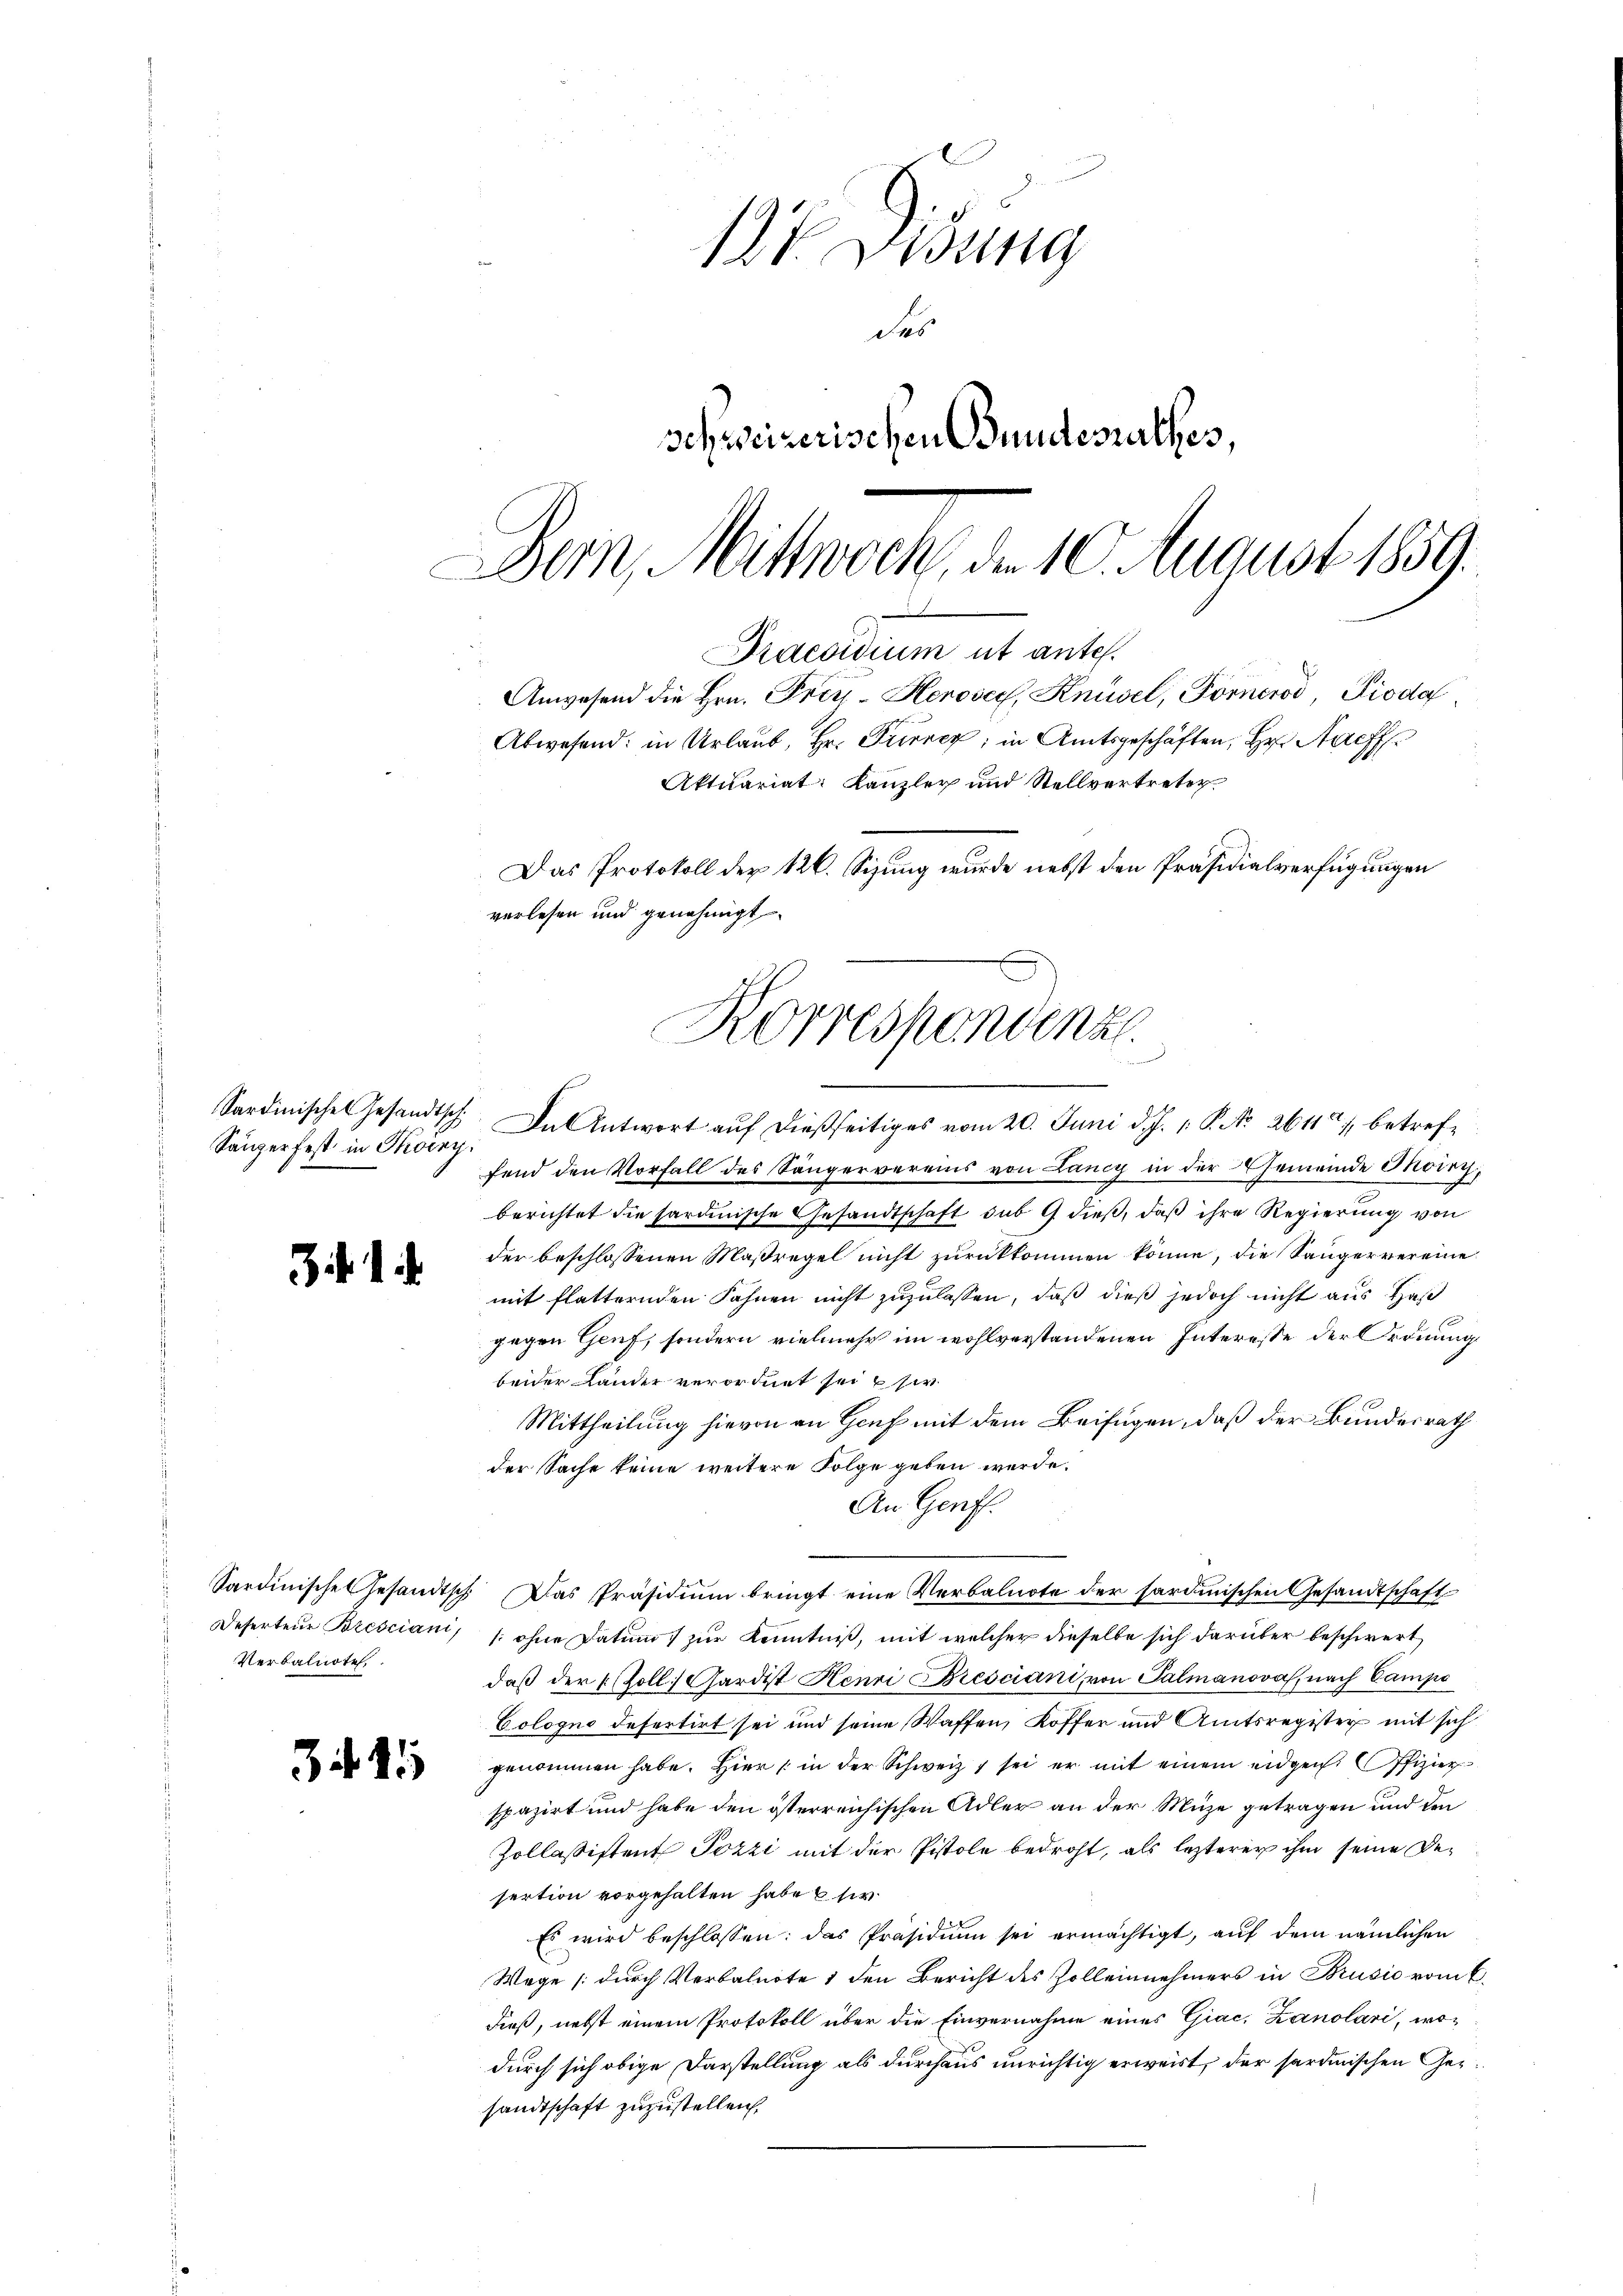
Sänger fest in Thoiny.

Verbalnote.

3441

18t Vidung
des
Schweizerischen Bundesrathes,
Bern, Mittwoch, der 10. August 1859.

Praesidium et ante.
Anwesend die Hrn. Prer-Heroser, Knüsel, Forneros, Pioda
Das Protokoll der 126. Sizung wurde nebst den Präsidialverfügungen
verlesen und genehmigt
Korrespondenz.
1

Sardinisches Gesandtsch. Da Antwort auf dießseitiges vom 20. Juni d. J. 1. P. No. 2611 betreffend den Vorfall des Sängervereins von Lancy in der Gemeinde Thorry,
berichtet die sardinische Gesandtschaft sub 9 dieß, daß ihre Regierung von
der beschlossenen Maßregel nicht zurückkommen könne, die Sängervereine
mit flatternden Fahnen nicht zuzulassen, daß dieß jedoch nicht aus Haß
gegen Genf, sondern vielmehr im wohlverstandenen Interesse der Krönung
beider Lander verordnet sei si
Mittheilung hievon an Genf mit dem Beifügen, daß der Bundesrath
der Sache keine weitere Folge geben werde.
An Geriff.
Sardinische Gesandtsch. Das Präsidium bringt eine Verbalnote der sardinischen Gesandtschaft
Deserteur Brescian, 1. ohne Datum) zur Kenntniß, mit welcher dieselbe sich darüber beschwert
daß der Zoll Gardist Henri Bresciani, von Salmanoval, nach Campe
Cologno defertirt sei und seine Waffen, Koffer und Amtsregister mit sich
genommen habe. Hier in der Schweiz, sei er mit einem eidgen. Offizier
spaziert und habe den österreichischen Adler an der Müze getragen und den
Zollassistent Pozzi mit der Pistole bedroht, als lezterer ihm seine Desertion vorgehalten habe se
Es wird beschlossen: das Präsidium sei ermächtigt, auf dem nämlichen
Wege (durch Verbalnote 1 den Bericht des Zolleinehmers in Brusio vom 6.
dieß, nebst einem Protokoll über die Einvernahme eines Giac, Zanolari, wodurch sich obige Darstellung als durchaus unrichtig erweist, der sardinischen Gersandtschaft zuzustellen.

Abwesend: in Urlaub, Hr. Triere; in Amtsgeschäften, Hr. Auff

Aktuariat Kanzley und Stellvertreter